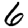
Digit: 6